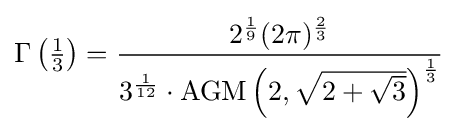
\Gamma \left({\tfrac {1}{3}}\right)={\frac {2^{\frac {1}{9}}(2\pi )^{\frac {2}{3}}}{3^{\frac {1}{12}}\cdot \operatorname {AGM} \left(2,{\sqrt {2+{\sqrt {3}}}}\right)^{\frac {1}{3}}}}